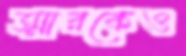
স্মারকেও